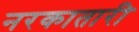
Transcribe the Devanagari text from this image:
नरकातारी